Annual vaccination report of Bihar and Orissa - 1911-1928
Year: 1911
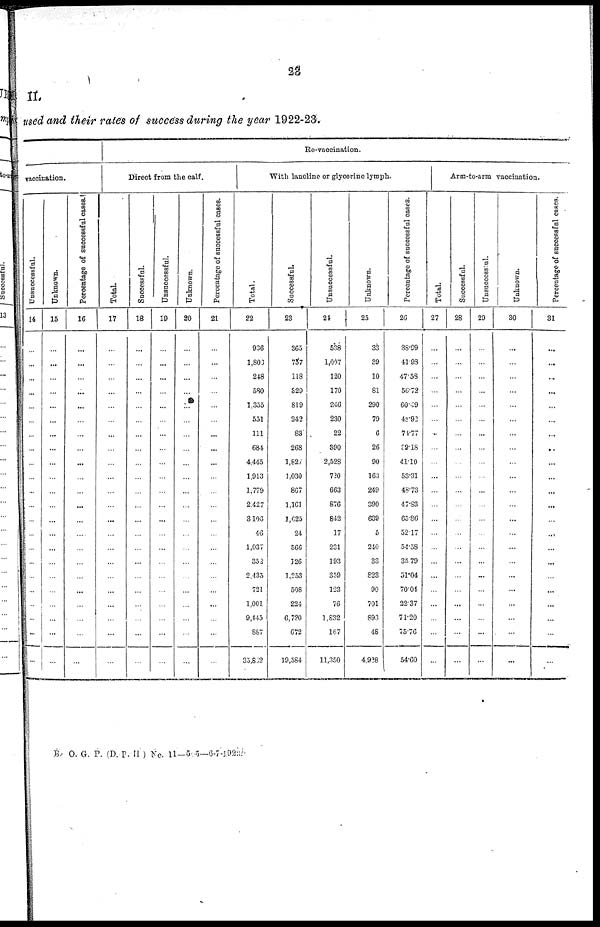
23
II.
used and their rates of success during the year 1922-23.
vaccination.
Unsuccessful.
14
...
...
...
...
...
...
...
...
...
...
...
...
...
...
...
...
...
...
...
...
...
...
Unknown.
15
...
...
...
...
...
...
...
...
...
...
...
...
...
...
...
...
...
...
...
...
...
...
Percentage of successful cases.
16
...
...
...
...
...
...
...
...
...
...
...
...
...
...
...
...
...
...
...
...
...
...
Re-vaccination.
Direct from the calf.
Total.
17
...
...
...
...
...
...
...
...
...
...
...
...
...
...
...
...
...
...
...
...
...
...
Successful.
18
...
...
...
...
...
...
...
...
...
...
...
...
...
...
...
...
...
...
...
...
...
...
Unsuccessful.
19
...
...
...
...
...
...
...
...
...
...
...
...
...
...
...
...
...
...
...
...
...
...
Unknown.
20
...
...
...
...
...
...
...
...
...
...
...
...
...
...
...
...
...
...
...
...
...
...
Percentage of successful cases.
21
...
...
...
...
...
...
...
...
...
...
...
...
...
...
...
...
...
...
...
...
...
...
With lanoline or glycerine lymph.
Total.
22
936
1,806
248
580
1,355
551
111
684
4,445
1,913
1,779
2,427
3,106
46
1,037
353
2,435
721
1,001
9,445
887
33,862
Successful.
23
365
737
118
329
819
242
83
268
1,827
1,030
867
1,161
1,625
24
566
126
1,253
508
224
6,720
672
19,584
Unsuccessful.
24
538
1,007
120
170
246
230
22
390
2,528
720
663
876
842
17
231
193
359
123
76
1,832
167
11,350
Unknown.
25
33
39
10
81
290
79
6
26
90
163
249
390
639
5
240
33
823
90
701
893
48
4,928
Percentage of successful cases.
26
38.99
41.98
47.58
56.72
60.49
43.92
74.77
39.18
41.10
53.31
48.73
47.83
65.86
52.17
54.58
35.79
51.04
70.04
22.37
71.20
75.76
54.60
Arm-to-arm vaccination.
Total.
27
...
...
...
...
...
...
...
...
...
...
...
...
...
...
...
...
...
...
...
...
...
...
Successful.
28
...
...
...
...
...
...
...
...
...
...
...
...
...
...
...
...
...
...
...
...
...
...
Unsuccessful.
29
...
...
...
...
...
...
...
...
...
...
...
...
...
...
...
...
...
...
...
...
...
...
Unknown.
30
...
...
...
...
...
...
...
...
...
...
...
...
...
...
...
...
...
...
...
...
...
...
Percentage of successful cases.
31
...
...
...
...
...
...
...
...
...
...
...
...
...
...
...
...
...
...
...
...
...
...
B. O. G. P. (D. P.H.) No. 11—505—6-7-1923.